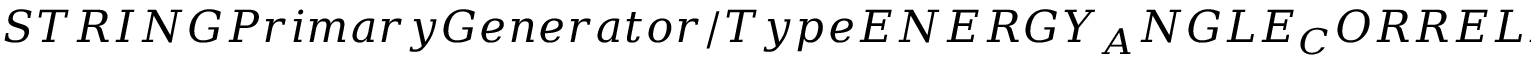
S T R I N G P r i m a r y G e n e r a t o r / T y p e E N E R G Y _ { A } N G L E _ { C } O R R E L A T I O N